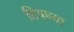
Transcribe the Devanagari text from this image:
टिपण्या